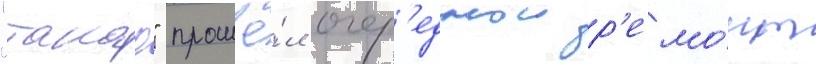
"такао" прошё́л очер'еднои р'емо́нт